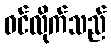
ဝင်လိုက်သည်